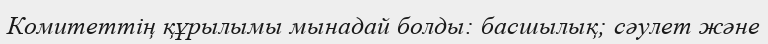
Комитеттің құрылымы мынадай болды: басшылық; сәулет және